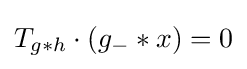
T_{g*h}\cdot (g_{-}*x)=0